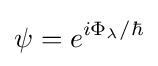
\psi =e^{i\Phi _{\lambda }/\hbar }